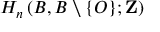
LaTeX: H _ { n } \left( B , B \setminus \{ O \} ; \mathbf { Z } \right)